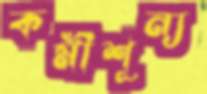
কর্মীশূন্য